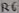
Text: R6